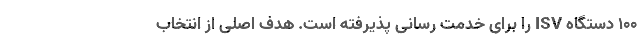
100 دستگاه ISV را برای خدمت رسانی پذیرفته است. هدف اصلی از انتخاب